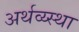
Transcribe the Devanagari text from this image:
अर्थव्य्स्था